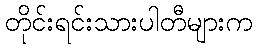
တိုင်းရင်းသားပါတီများက